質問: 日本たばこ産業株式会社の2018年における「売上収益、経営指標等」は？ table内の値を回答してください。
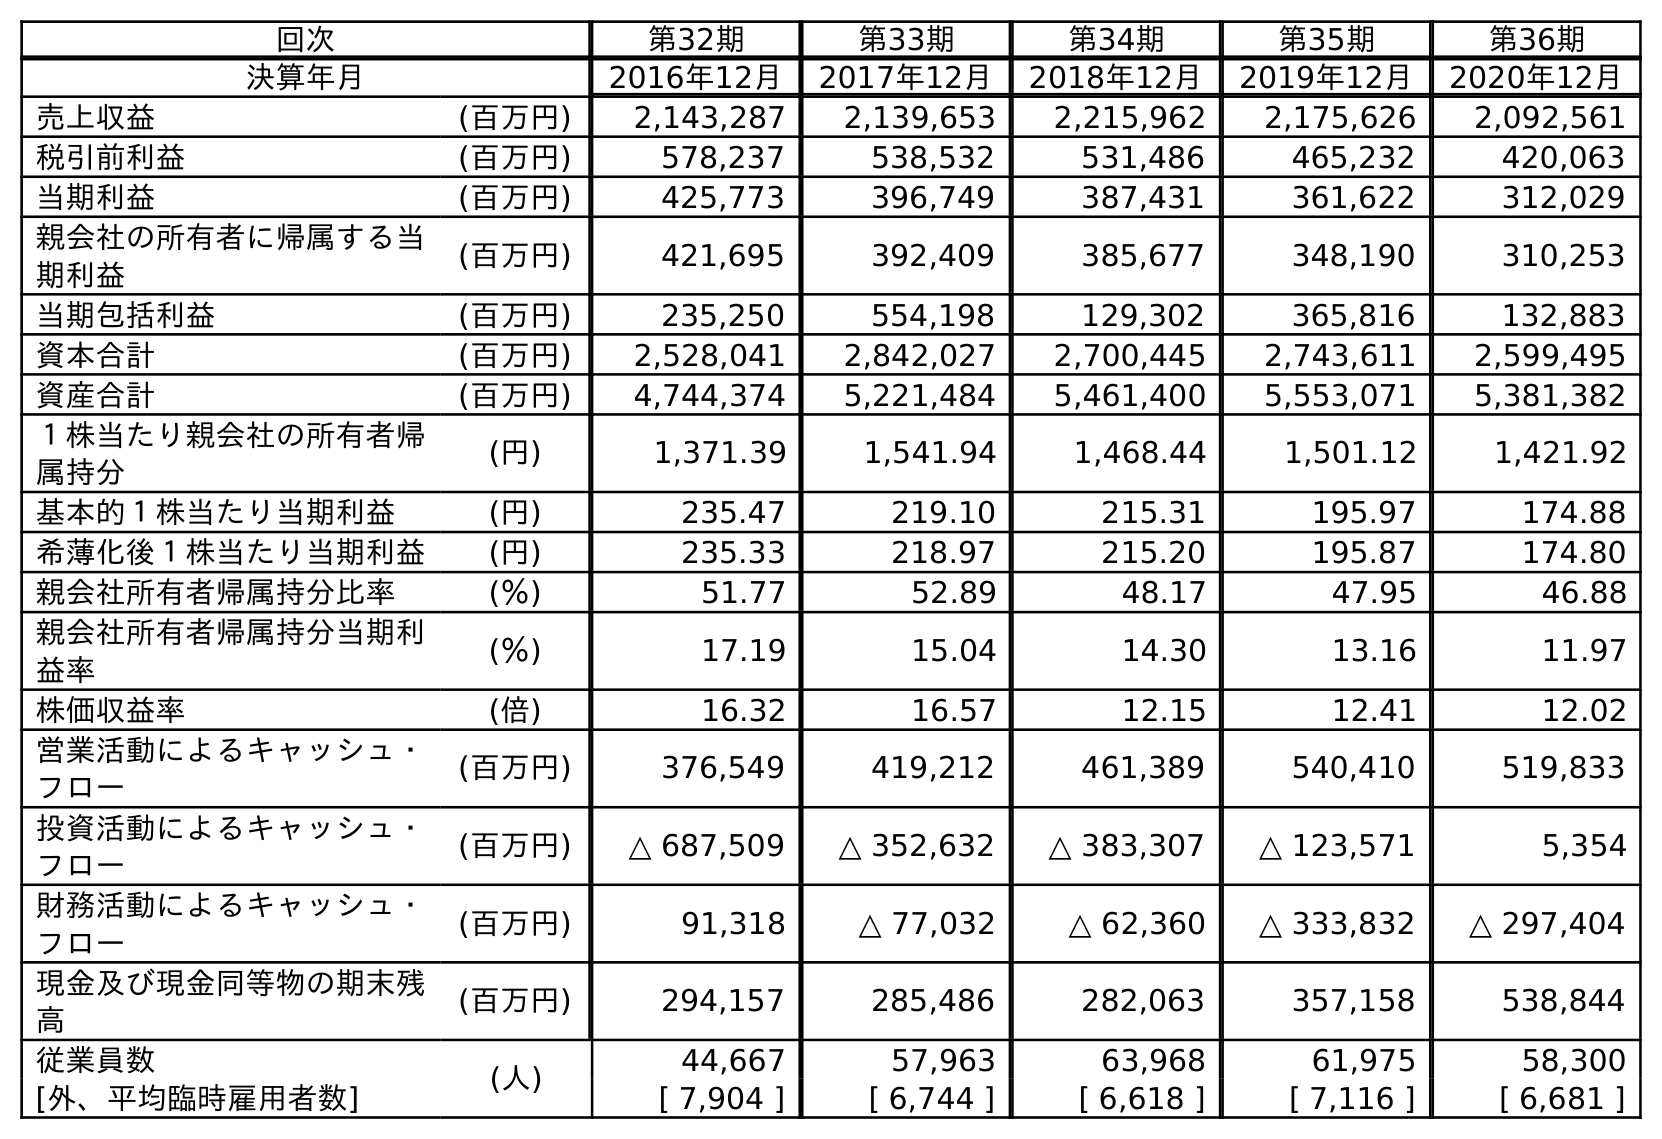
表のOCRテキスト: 回次 第32期 第33期 第34期 第35期 第36期 決算年月 2016年12月 2017年12月 2018年12月 2019年12月 2020年12月 売上収益 (百万円) 2,143,287 2,139,653 2,215,962 2,175,626 2,092,561 税引前利益 (百万円) 578,237 538,532 531,486 465,232 420,063 当期利益 (百万円) 425,773 396,749 387,431 361,622 312,029 親会社の所有者に帰属する当 期利益 (百万円) 421,695 392,409 385,677 348,190 310,253 当期包括利益 (百万円) 235,250 554,198 129,302 365,816 132,883 資本合計 (百万円) 2,528,041 2,842,027 2,700,445 2,743,611 2,599,495 資産合計 (百万円) 4,744,374 5,221,484 5,461,400 5,553,071 5,381,382 １株当たり親会社の所有者帰 属持分 (円) 1,371.39 1,541.94 1,468.44 1,501.12 1,421.92 基本的１株当たり当期利益 (円) 235.47 219.10 215.31 195.97 174.88 希薄化後１株当たり当期利益 (円) 235.33 218.97 215.20 195.87 174.80 親会社所有者帰属持分比率 (％) 51.77 52.89 48.17 47.95 46.88 親会社所有者帰属持分当期利 益率 (％) 17.19 15.04 14.30 13.16 11.97 株価収益率 (倍) 16.32 16.57 12.15 12.41 12.02 営業活動によるキャッシュ・ フロー (百万円) 376,549 419,212 461,389 540,410 519,833 投資活動によるキャッシュ・ フロー (百万円) △ 687,509 △ 352,632 △ 383,307 △ 123,571 5,354 財務活動によるキャッシュ・ フロー (百万円) 91,318 △ 77,032 △ 62,360 △ 333,832 △ 297,404 現金及び現金同等物の期末残 高 (百万円) 294,157 285,486 282,063 357,158 538,844 従業員数 (人) 44,667 57,963 63,968 61,975 58,300 [外、平均臨時雇用者数] [ 7,904 ] [ 6,744 ] [ 6,618 ] [ 7,116 ] [ 6,681 ]
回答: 2,215,962